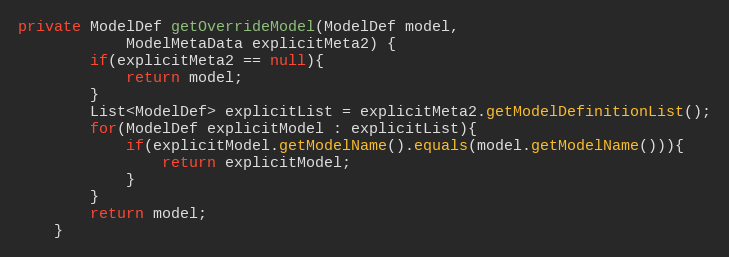
Language: Java
private ModelDef getOverrideModel(ModelDef model,
			ModelMetaData explicitMeta2) {
		if(explicitMeta2 == null){
			return model;
		}
		List<ModelDef> explicitList = explicitMeta2.getModelDefinitionList();
		for(ModelDef explicitModel : explicitList){
			if(explicitModel.getModelName().equals(model.getModelName())){
				return explicitModel;
			}
		}
		return model;
	}